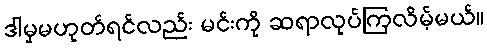
ဒါမှမဟုတ်ရင်လည်း မင်းကို ဆရာလုပ်ကြလိမ့်မယ်။